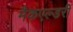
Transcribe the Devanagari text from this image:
मैकएल्डरी